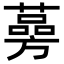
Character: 𦾊